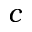
c